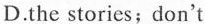
D. the stories; don't